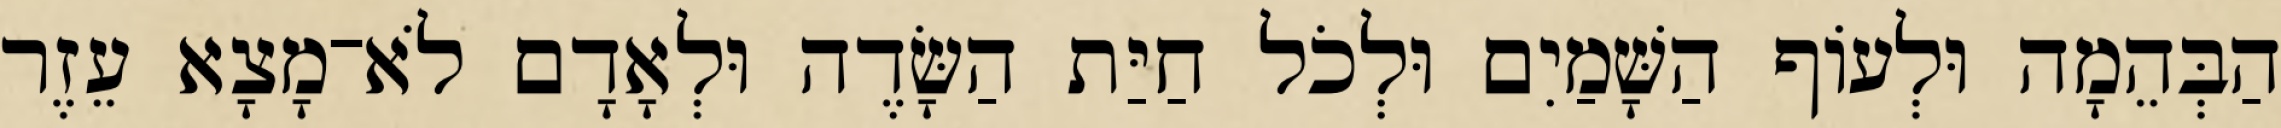
הַבְּהֵמָה וּלְעֹוף הַשָּׁמַיִם וּלְכֹל חַיַּת הַשָּׂדֶה וּלְאָדָם לֹא־מָצָא עֵזֶר